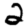
Digit: 2